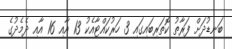
ބަނޑުދަށް ފަރާތު ކޮތަރިބައިގައި 3 ހަރުކައްޓާއެކު 13 އާއި 16 އާއި ދެމެދުގެ